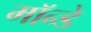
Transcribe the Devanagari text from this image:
मॉन्डे